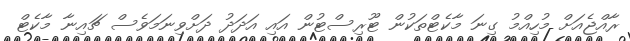
ރާއްޖެއަށް މުހިއްމު ގިނަ މާކެޓްތަކުން ޓޫރިސްޓުން އައި އަދަދު ދަށްވިނަމަވެސް ޗައިނާ މާކެޓް